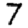
Digit: 7